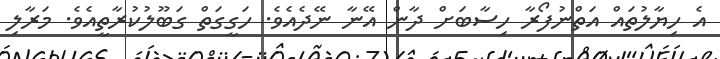
އެ ހިޔާލުތައް އަތްނުފޯރާ ހިސާބަށް ދާން އޭނާ ނޭދެއެވެ. ހަގީގަތް ގަބޫލުކުރާތީއެވެ. މަރާލި